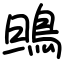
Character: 鴠